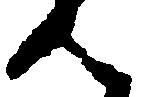
ん